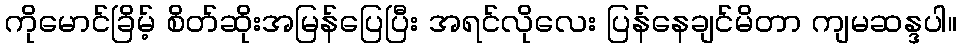
ကိုမောင်ခြိမ့် စိတ်ဆိုးအမြန်ပြေပြီး အရင်လိုလေး ပြန်နေချင်မိတာ ကျမဆန္ဒပါ။